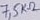
Text: 7,5K